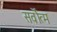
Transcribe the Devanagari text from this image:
सर्वोत्‍म